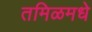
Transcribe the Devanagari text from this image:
तमिळमधे